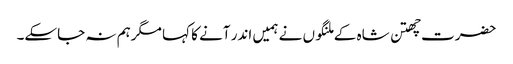
حضرت چھتن شاہ کے ملنگوں نے ہمیں اندر آنے کا کہا مگرہم نہ جاسکے۔